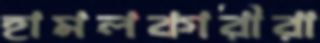
হামলকারীরা